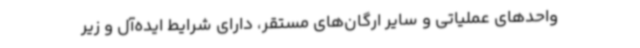
واحدهای عملیاتی و سایر ارگان‌های مستقر، دارای شرایط ایده‌آل و زیر